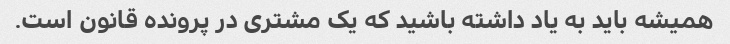
همیشه باید به یاد داشته باشید که یک مشتری در پرونده قانون است.